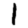
Digit: 1